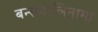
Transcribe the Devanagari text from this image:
बन्सवालिनामा